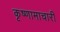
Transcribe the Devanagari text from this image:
कृष्णामाचारी